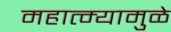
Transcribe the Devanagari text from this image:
महात्म्यामुळे